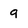
Character: 9